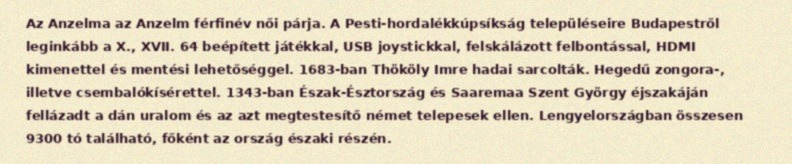
Az Anzelma az Anzelm férfinév női párja. A Pesti-hordalékkúpsíkság településeire Budapestről leginkább a X., XVII. 64 beépített játékkal, USB joystickkal, felskálázott felbontással, HDMI kimenettel és mentési lehetőséggel. 1683-ban Thököly Imre hadai sarcolták. Hegedű zongora-, illetve csembalókísérettel. 1343-ban Észak-Észtország és Saaremaa Szent György éjszakáján fellázadt a dán uralom és az azt megtestesítő német telepesek ellen. Lengyelországban összesen 9300 tó található, főként az ország északi részén.